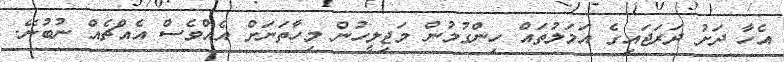
އެހާ ދަށު ދަރަޖައިގެ އަމަލުތައް ހިންގުމުން މަޖިލީހުން މިހާތަނަށް އެއްވެސް އެއްޗެއް ނުބުނޭ.